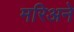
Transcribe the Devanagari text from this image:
मरिअने